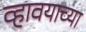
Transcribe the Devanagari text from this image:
व्हावयाच्या